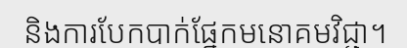
និងការបែកបាក់ផ្នែកមនោគមវិជ្ជា។